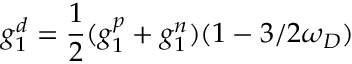
g _ { 1 } ^ { d } = { \frac { 1 } { 2 } } ( g _ { 1 } ^ { p } + g _ { 1 } ^ { n } ) ( 1 - 3 / 2 \omega _ { D } )